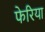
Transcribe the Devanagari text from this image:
फेरिया